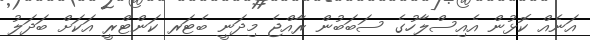
އަނެއް ކޮޅުން އެއިސްލާހުގެ ސަބަބުން ރާއްޖެ މިދަނީ ބެޓަރ ކަންޓްރީ އަކަށް ބަދަލު